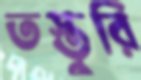
তস্তুরি